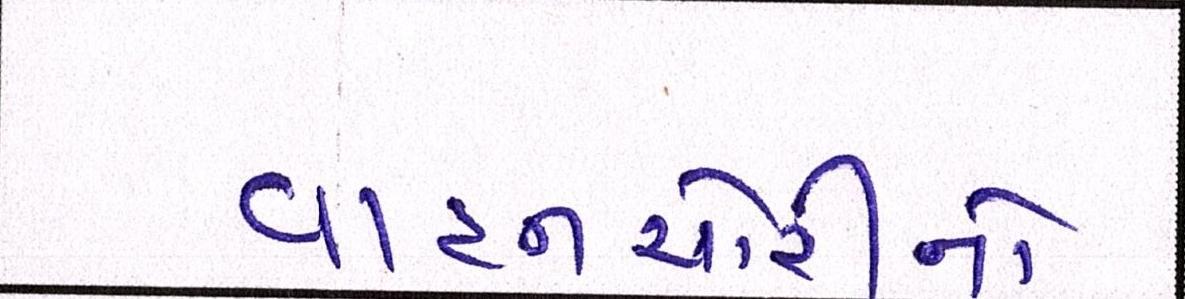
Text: વાહનચોરીનો